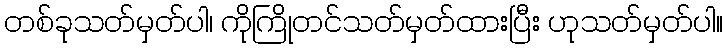
တစ်ခုသတ်မှတ်ပါ၊ ကိုကြိုတင်သတ်မှတ်ထားပြီး ဟုသတ်မှတ်ပါ။